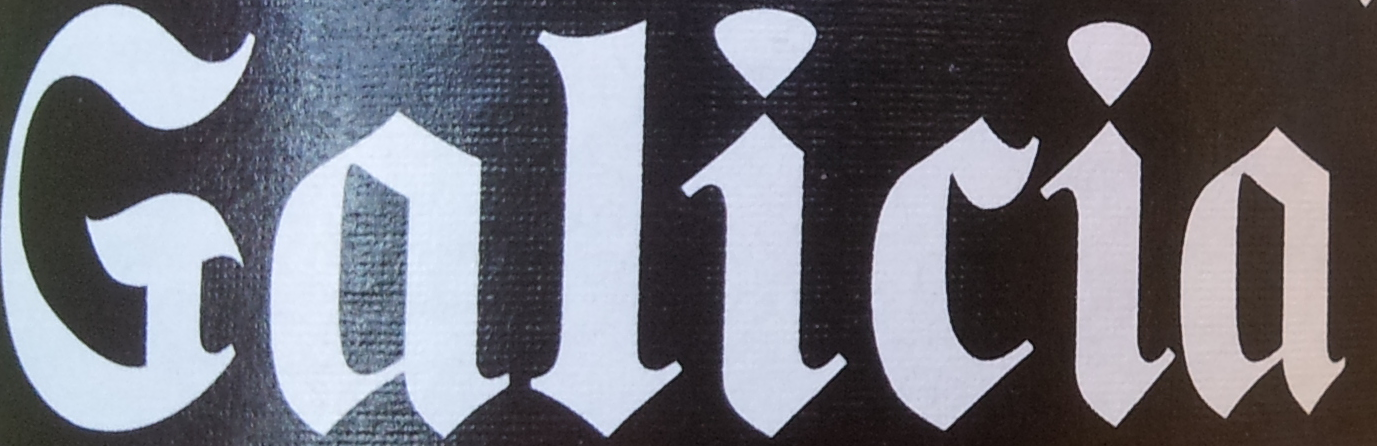
Galicia